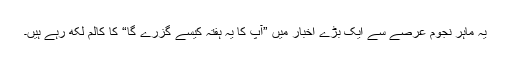
یہ ماہر نجوم عرصے سے ایک بڑے اخبار میں ”آپ کا یہ ہفتہ کیسے گزرے گا“ کا کالم لکھ رہے ہیں۔